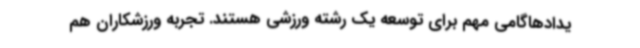
یدادهاگامی مهم برای توسعه یک رشته ورزشی هستند. تجربه ورزشکاران هم